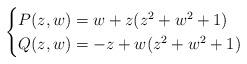
LaTeX: \begin{align*} \begin{cases}P(z,w)=w+z(z^2+w^2+1)\\ Q(z,w)=-z+w(z^2+w^2+1)\end{cases} \end{align*}